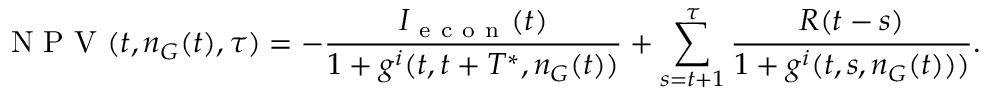
\mathrm { ~ N ~ P ~ V ~ } ( t , n _ { G } ( t ) , \tau ) = - \frac { I _ { \mathrm { ~ e ~ c ~ o ~ n ~ } } ( t ) } { 1 + g ^ { i } ( t , t + T ^ { * } , n _ { G } ( t ) ) } + \sum _ { s = t + 1 } ^ { \tau } \frac { R ( t - s ) } { 1 + g ^ { i } ( t , s , n _ { G } ( t ) ) ) } .